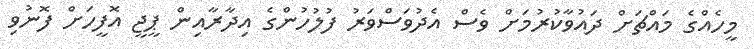
މީހެއްގެ މައްޗަށް ދައުވާކުރުމަށް ވެސް އެދުވަސްވަރު ފުލުހުންގެ އިދާރާއިން ޕީޖީ އޮފީހަށް ފޮނުވި